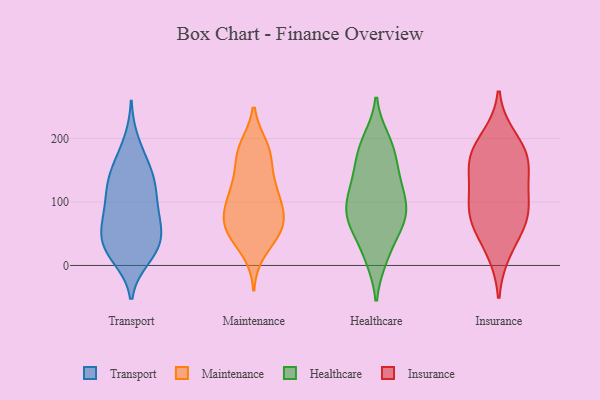
{"axis": {"x": "Energy Usage (MWh)", "y": "Value"}, "legend": ["Healthcare", "Insurance", "Maintenance", "Transport"], "data": [{"x": "", "y": 136, "type": "Transport"}, {"x": "", "y": 22, "type": "Transport"}, {"x": "", "y": 138, "type": "Transport"}, {"x": "", "y": 12, "type": "Transport"}, {"x": "", "y": 53, "type": "Transport"}, {"x": "", "y": 158, "type": "Transport"}, {"x": "", "y": 24, "type": "Transport"}, {"x": "", "y": 110, "type": "Transport"}, {"x": "", "y": 25, "type": "Transport"}, {"x": "", "y": 53, "type": "Transport"}, {"x": "", "y": 118, "type": "Transport"}, {"x": "", "y": 29, "type": "Transport"}, {"x": "", "y": 74, "type": "Transport"}, {"x": "", "y": 161, "type": "Transport"}, {"x": "", "y": 195, "type": "Transport"}, {"x": "", "y": 54, "type": "Transport"}, {"x": "", "y": 80, "type": "Transport"}, {"x": "", "y": 115, "type": "Transport"}, {"x": "", "y": 80, "type": "Transport"}, {"x": "", "y": 66, "type": "Maintenance"}, {"x": "", "y": 92, "type": "Maintenance"}, {"x": "", "y": 53, "type": "Maintenance"}, {"x": "", "y": 125, "type": "Maintenance"}, {"x": "", "y": 23, "type": "Maintenance"}, {"x": "", "y": 68, "type": "Maintenance"}, {"x": "", "y": 56, "type": "Maintenance"}, {"x": "", "y": 117, "type": "Maintenance"}, {"x": "", "y": 107, "type": "Maintenance"}, {"x": "", "y": 131, "type": "Maintenance"}, {"x": "", "y": 177, "type": "Maintenance"}, {"x": "", "y": 90, "type": "Maintenance"}, {"x": "", "y": 182, "type": "Maintenance"}, {"x": "", "y": 48, "type": "Maintenance"}, {"x": "", "y": 66, "type": "Maintenance"}, {"x": "", "y": 186, "type": "Maintenance"}, {"x": "", "y": 171, "type": "Maintenance"}, {"x": "", "y": 81, "type": "Healthcare"}, {"x": "", "y": 60, "type": "Healthcare"}, {"x": "", "y": 77, "type": "Healthcare"}, {"x": "", "y": 194, "type": "Healthcare"}, {"x": "", "y": 11, "type": "Healthcare"}, {"x": "", "y": 140, "type": "Healthcare"}, {"x": "", "y": 50, "type": "Healthcare"}, {"x": "", "y": 176, "type": "Healthcare"}, {"x": "", "y": 65, "type": "Healthcare"}, {"x": "", "y": 98, "type": "Healthcare"}, {"x": "", "y": 86, "type": "Healthcare"}, {"x": "", "y": 97, "type": "Healthcare"}, {"x": "", "y": 12, "type": "Healthcare"}, {"x": "", "y": 176, "type": "Healthcare"}, {"x": "", "y": 198, "type": "Healthcare"}, {"x": "", "y": 137, "type": "Healthcare"}, {"x": "", "y": 114, "type": "Healthcare"}, {"x": "", "y": 135, "type": "Healthcare"}, {"x": "", "y": 92, "type": "Insurance"}, {"x": "", "y": 172, "type": "Insurance"}, {"x": "", "y": 23, "type": "Insurance"}, {"x": "", "y": 77, "type": "Insurance"}, {"x": "", "y": 59, "type": "Insurance"}, {"x": "", "y": 82, "type": "Insurance"}, {"x": "", "y": 200, "type": "Insurance"}, {"x": "", "y": 145, "type": "Insurance"}, {"x": "", "y": 174, "type": "Insurance"}, {"x": "", "y": 164, "type": "Insurance"}, {"x": "", "y": 115, "type": "Insurance"}]}